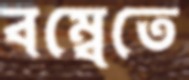
বম্বেতে